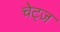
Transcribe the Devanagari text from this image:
चेट्ज़